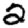
Digit: 2